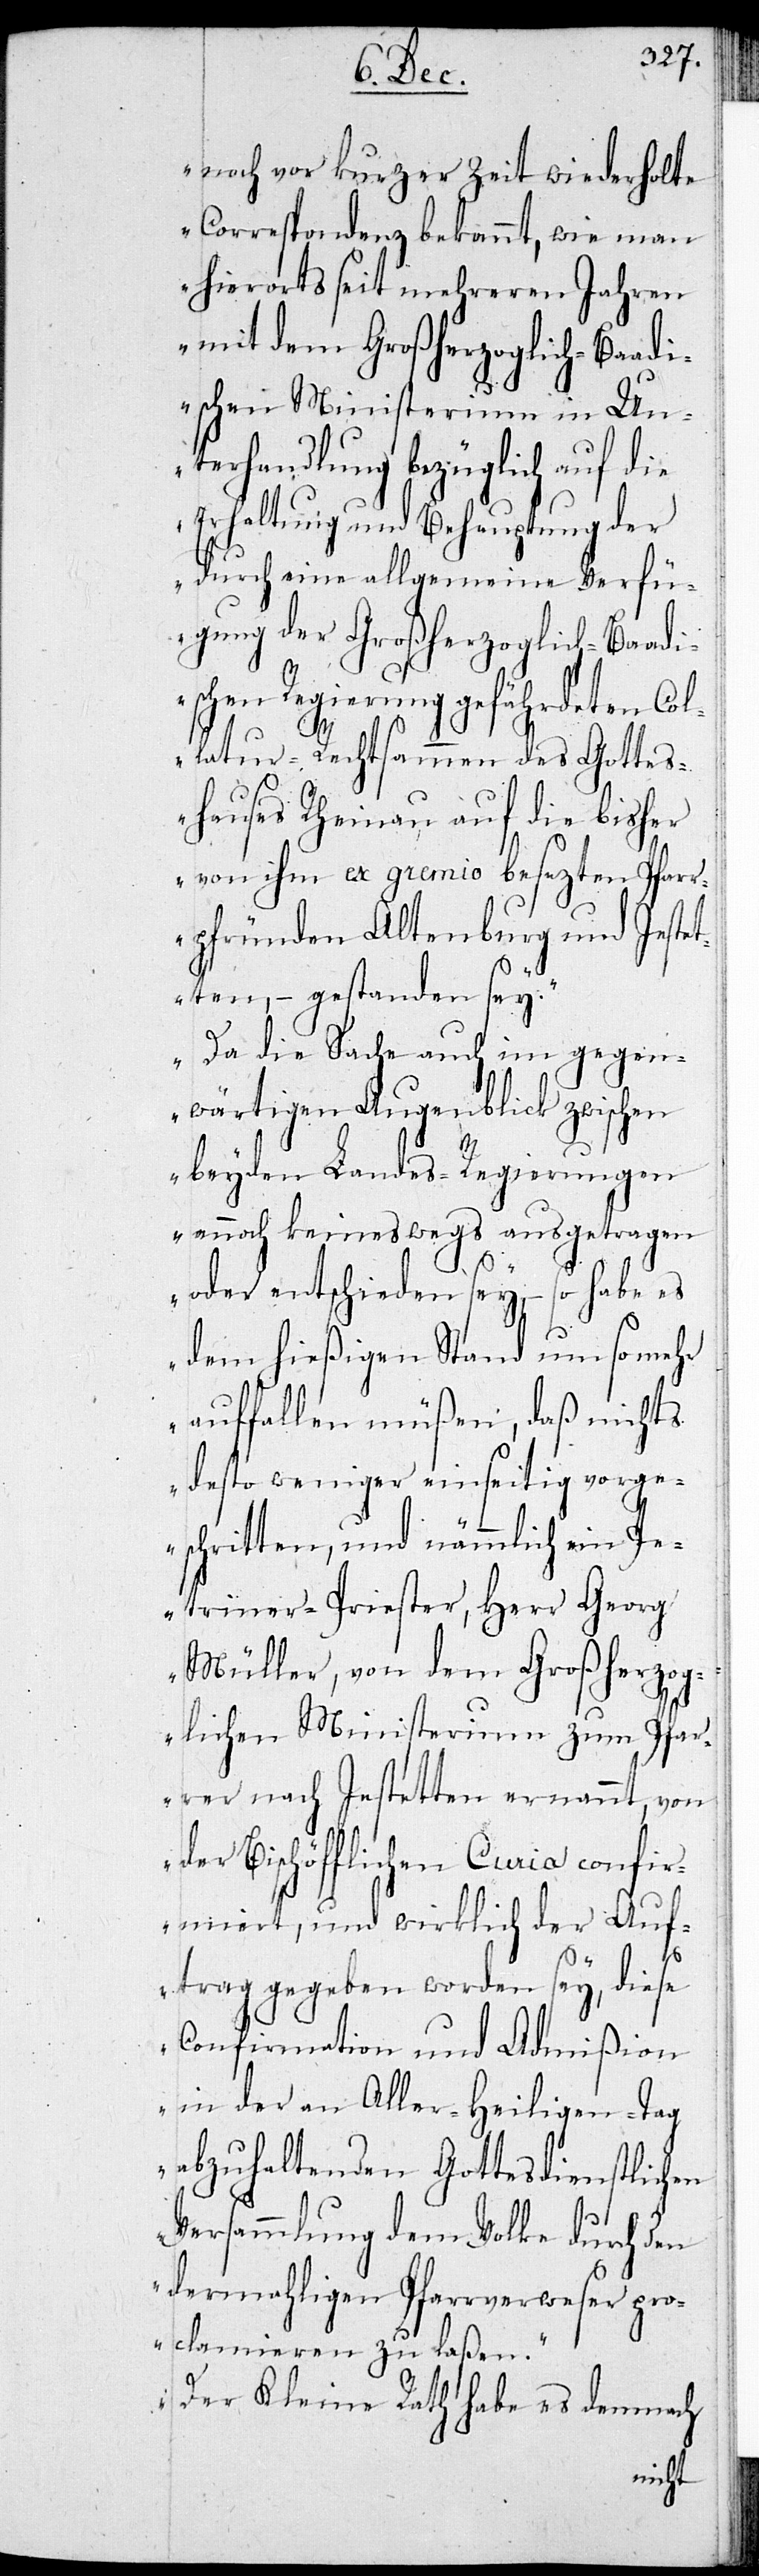
noch vor kurzer Zeit wiederholte
Correspondenz bekannt, wie man
hierorts seit mehreren Jahren
mit dem Großherzoglich-Baadi¬
schen Ministerium in Un¬
terhandlung bezüglich auf die
Erhaltung und Behauptung der
durch eine allgemeine Verfü¬
gung der Großherzoglich-Baad¬
ischen Regierung gefährdeten Col¬
latur-Rechtsammen des Gottes¬
hauses Rheinau, auf die bisher
von ihm ex gremio besezten Pfarr¬
pfründen Altenburg und Jestet¬
ten, – gestanden sey.
Da die Sache auch im gegen¬
wärtigen Augenblick zwischen
beyden Landes-Regierungen
annoch keineswegs ausgetragen
oder entschieden sey, – so habe es
dem hießigen Stand um so mehr
auffallen müßen, daß nichts
desto weniger einseitig vorge¬
schritten und nämmlich ein Pe¬
triner-Priester, Herr Georg
Müller, von dem Großherzog¬
lichen Ministerium zum Pfar¬
rer nach Jestetten ernannt, von
der Bischöfflichen Curia confir¬
miert, und wirklich der Auf¬
trag gegeben worden sey, diese
Confirmation und Admißion
in der an Aller-Heiligen-Tag
abzuhaltenden Gottesdienstlichen
Versammlung dem Volke durch den
dermahligen Pfarrverweser pr¬
oclamieren zu laßen.
Der Kleine Rath habe es demnach